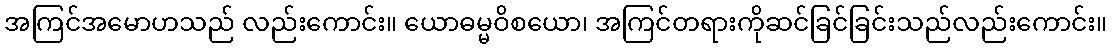
အကြင်အမောဟသည် လည်းကောင်း။ ယောဓမ္မဝိစယော၊ အကြင်တရားကိုဆင်ခြင်ခြင်းသည်လည်းကောင်း။